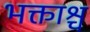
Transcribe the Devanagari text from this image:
भक्ताश्च